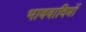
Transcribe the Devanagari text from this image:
भाववादियों